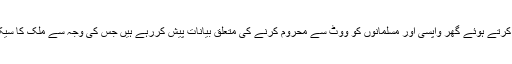
بار بار فرقہ وارانہ بیان بازی کرتے ہوئے گھر واپسی اور مسلمانوں کو ووٹ سے محروم کرنے کی متعلق بیانات پیش کررہے ہیں جس کی وجہ سے ملک کا سیکولرازم سنگین خطرہ میں ہے ۔